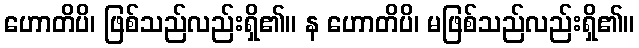
ဟောတိပိ၊ ဖြစ်သည်လည်းရှိ၏။ န ဟောတိပိ၊ မဖြစ်သည်လည်းရှိ၏။